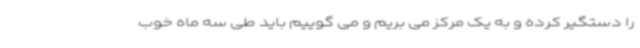
را دستگیر کرده و به یک مرکز می بریم و می گوییم باید طی سه ماه خوب